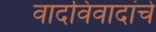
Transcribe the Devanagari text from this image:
वादविवादांचे